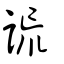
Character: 詤